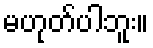
မဟုတ်ပါဘူး။